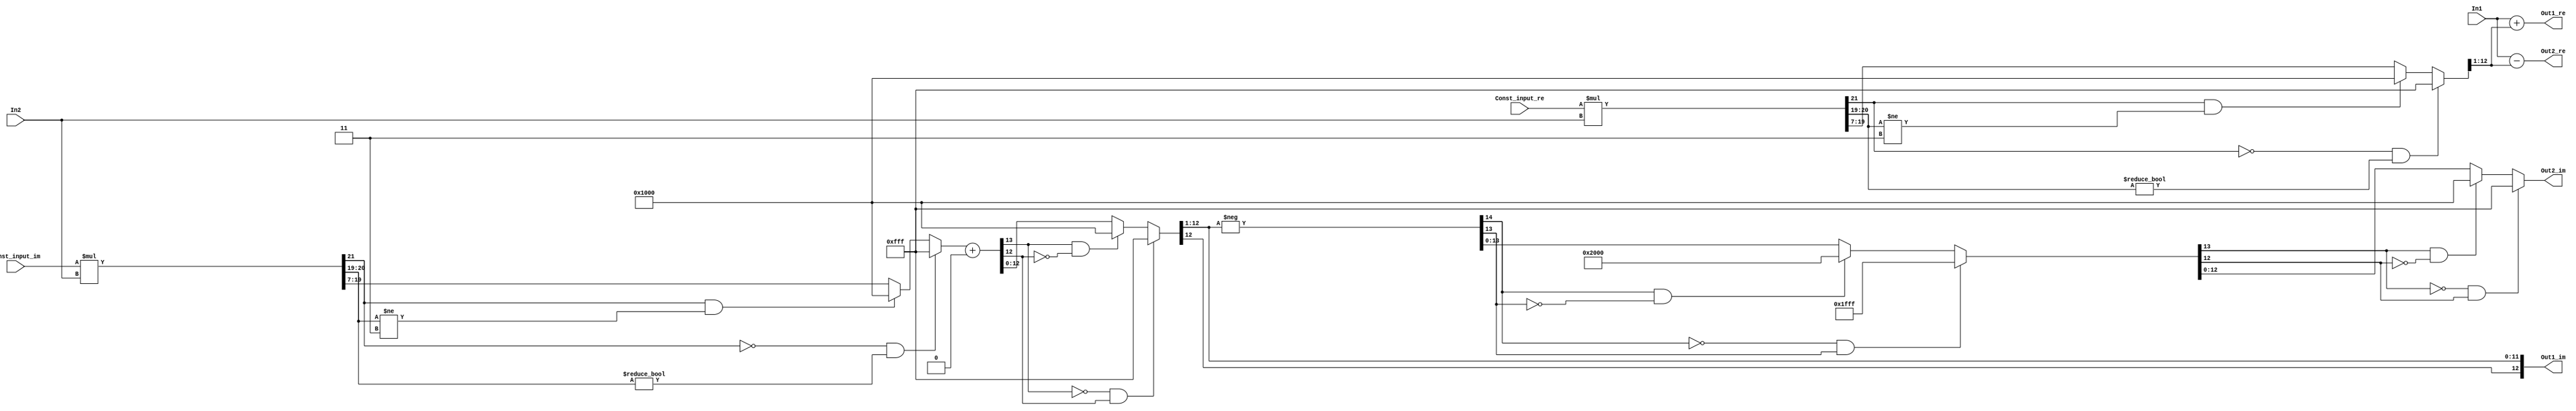
// -------------------------------------------------------------
// 
// 
// Generated by MATLAB 9.4 and HDL Coder 3.12
// 
// -------------------------------------------------------------


// -------------------------------------------------------------
// 
// Module: SixthStageB
// Source Path: FFTscheme2/FFTv2/Butterflies/128 input 6  step  /SixthStageB
// Hierarchy Level: 3
// 
// -------------------------------------------------------------

`timescale 1 ns / 1 ns

module SixthStageB
          (In1,
           In2,
           Const_input_re,
           Const_input_im,
           Out1_re,
           Out1_im,
           Out2_re,
           Out2_im);


  input   signed [11:0] In1;  // sfix12_En3
  input   signed [11:0] In2;  // sfix12_En3
  input   signed [9:0] Const_input_re;  // sfix10_En8
  input   signed [9:0] Const_input_im;  // sfix10_En8
  output  signed [12:0] Out1_re;  // sfix13_En3
  output  signed [12:0] Out1_im;  // sfix13_En3
  output  signed [12:0] Out2_re;  // sfix13_En3
  output  signed [12:0] Out2_im;  // sfix13_En3


  wire signed [21:0] Product_mul_temp;  // sfix22_En11
  wire signed [12:0] Product_cast;  // sfix13_En4
  wire signed [13:0] Product_cast_1;  // sfix14_En4
  wire signed [21:0] Product_mul_temp_1;  // sfix22_En11
  wire signed [12:0] Product_add_cast;  // sfix13_En4
  wire signed [13:0] Product_add_cast_1;  // sfix14_En4
  wire signed [13:0] Product_add_temp;  // sfix14_En4
  wire signed [12:0] Product_out1_re;  // sfix13_En4
  wire signed [12:0] Product_out1_im;  // sfix13_En4
  wire signed [13:0] Sum_add_cast;  // sfix14_En3
  wire signed [13:0] Sum_add_cast_1;  // sfix14_En3
  wire signed [13:0] Sum_add_temp;  // sfix14_En3
  wire signed [13:0] Sum_cast;  // sfix14_En3
  wire signed [12:0] Sum_out1_re;  // sfix13_En3
  wire signed [12:0] Sum_out1_im;  // sfix13_En3
  wire signed [13:0] Sum1_sub_cast;  // sfix14_En3
  wire signed [13:0] Sum1_sub_cast_1;  // sfix14_En3
  wire signed [13:0] Sum1_sub_temp;  // sfix14_En3
  wire signed [13:0] Sum1_cast;  // sfix14_En3
  wire signed [14:0] Sum1_cast_1;  // sfix15_En3
  wire signed [14:0] Sum1_cast_2;  // sfix15_En3
  wire signed [13:0] Sum1_cast_3;  // sfix14_En3
  wire signed [12:0] Sum1_out1_re;  // sfix13_En3
  wire signed [12:0] Sum1_out1_im;  // sfix13_En3


  assign Product_mul_temp = Const_input_re * In2;
  assign Product_cast = ((Product_mul_temp[21] == 1'b0) && (Product_mul_temp[20:19] != 2'b00) ? 13'sb0111111111111 :
              ((Product_mul_temp[21] == 1'b1) && (Product_mul_temp[20:19] != 2'b11) ? 13'sb1000000000000 :
              $signed(Product_mul_temp[19:7])));
  assign Product_cast_1 = {Product_cast[12], Product_cast};
  assign Product_out1_re = ((Product_cast_1[13] == 1'b0) && (Product_cast_1[12] != 1'b0) ? 13'sb0111111111111 :
              ((Product_cast_1[13] == 1'b1) && (Product_cast_1[12] != 1'b1) ? 13'sb1000000000000 :
              $signed(Product_cast_1[12:0])));
  assign Product_mul_temp_1 = Const_input_im * In2;
  assign Product_add_cast = ((Product_mul_temp_1[21] == 1'b0) && (Product_mul_temp_1[20:19] != 2'b00) ? 13'sb0111111111111 :
              ((Product_mul_temp_1[21] == 1'b1) && (Product_mul_temp_1[20:19] != 2'b11) ? 13'sb1000000000000 :
              $signed(Product_mul_temp_1[19:7])));
  assign Product_add_cast_1 = {Product_add_cast[12], Product_add_cast};
  assign Product_add_temp = Product_add_cast_1 + 14'sb00000000000000;
  assign Product_out1_im = ((Product_add_temp[13] == 1'b0) && (Product_add_temp[12] != 1'b0) ? 13'sb0111111111111 :
              ((Product_add_temp[13] == 1'b1) && (Product_add_temp[12] != 1'b1) ? 13'sb1000000000000 :
              $signed(Product_add_temp[12:0])));



  assign Sum_add_cast = {{2{In1[11]}}, In1};
  assign Sum_add_cast_1 = {{2{Product_out1_re[12]}}, Product_out1_re[12:1]};
  assign Sum_add_temp = Sum_add_cast + Sum_add_cast_1;
  assign Sum_out1_re = ((Sum_add_temp[13] == 1'b0) && (Sum_add_temp[12] != 1'b0) ? 13'sb0111111111111 :
              ((Sum_add_temp[13] == 1'b1) && (Sum_add_temp[12] != 1'b1) ? 13'sb1000000000000 :
              $signed(Sum_add_temp[12:0])));
  assign Sum_cast = {{2{Product_out1_im[12]}}, Product_out1_im[12:1]};
  assign Sum_out1_im = ((Sum_cast[13] == 1'b0) && (Sum_cast[12] != 1'b0) ? 13'sb0111111111111 :
              ((Sum_cast[13] == 1'b1) && (Sum_cast[12] != 1'b1) ? 13'sb1000000000000 :
              $signed(Sum_cast[12:0])));



  assign Out1_re = Sum_out1_re;

  assign Out1_im = Sum_out1_im;

  assign Sum1_sub_cast = {{2{In1[11]}}, In1};
  assign Sum1_sub_cast_1 = {{2{Product_out1_re[12]}}, Product_out1_re[12:1]};
  assign Sum1_sub_temp = Sum1_sub_cast - Sum1_sub_cast_1;
  assign Sum1_out1_re = ((Sum1_sub_temp[13] == 1'b0) && (Sum1_sub_temp[12] != 1'b0) ? 13'sb0111111111111 :
              ((Sum1_sub_temp[13] == 1'b1) && (Sum1_sub_temp[12] != 1'b1) ? 13'sb1000000000000 :
              $signed(Sum1_sub_temp[12:0])));
  assign Sum1_cast = {{2{Product_out1_im[12]}}, Product_out1_im[12:1]};
  assign Sum1_cast_1 = {Sum1_cast[13], Sum1_cast};
  assign Sum1_cast_2 =  - (Sum1_cast_1);
  assign Sum1_cast_3 = ((Sum1_cast_2[14] == 1'b0) && (Sum1_cast_2[13] != 1'b0) ? 14'sb01111111111111 :
              ((Sum1_cast_2[14] == 1'b1) && (Sum1_cast_2[13] != 1'b1) ? 14'sb10000000000000 :
              $signed(Sum1_cast_2[13:0])));
  assign Sum1_out1_im = ((Sum1_cast_3[13] == 1'b0) && (Sum1_cast_3[12] != 1'b0) ? 13'sb0111111111111 :
              ((Sum1_cast_3[13] == 1'b1) && (Sum1_cast_3[12] != 1'b1) ? 13'sb1000000000000 :
              $signed(Sum1_cast_3[12:0])));



  assign Out2_re = Sum1_out1_re;

  assign Out2_im = Sum1_out1_im;

endmodule  // SixthStageB